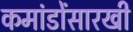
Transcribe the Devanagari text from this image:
कमांडोंसारखी